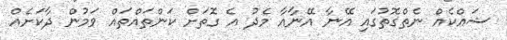
ޝައްކެއް ނެތްގޮތުގައި އޭނާ އޭނާއާ މެދު އެ ގޮތަށް ކަންތައްތައް ވަމުން ދާކަށެއް